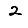
Digit: 2